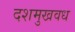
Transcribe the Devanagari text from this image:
दशमुखवध